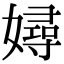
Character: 㜦